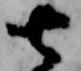
七